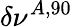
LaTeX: \delta\nu^{A,90}